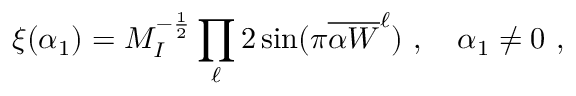
\xi ( \alpha _ { 1 } ) = M _ { I } ^ { - { \frac { 1 } { 2 } } } \prod _ { \ell } 2 \sin ( \pi { { \overline { { { \alpha W } } } } ^ { \ell } } ) ~ , ~ ~ ~ \alpha _ { 1 } \not = 0 ~ ,